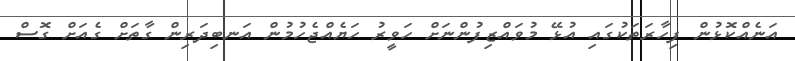
އަނެއްކޮޅުން ފިހާރަތަކުގައި އުޅޭ މުވައްޒިފުންނަށް ހަވީރު ހަޔެއްޖެހުމުން އަނބިދަރިން ގާތަށް ގެއަށް ގޮސް